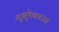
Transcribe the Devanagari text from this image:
शुश्रूषेकरता